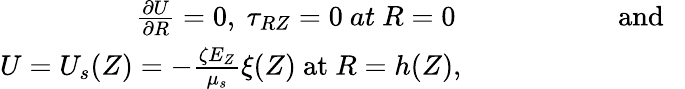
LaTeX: \begin{array}{r}{\frac{\partial U}{\partial R}=0,~\tau_{RZ}=0~at~R=0~~~~~~~~~~~~~~~~~~~~~~~\mathrm{and~~~}}\\ {U=U_{s}(Z)=-\frac{\zeta E_{Z}}{\mu_{s}}\xi(Z)~\mathrm{at}~R=h(Z),~~~~~~~~~~~~~~~~~~~~~~~~~~~~~~~}\end{array}